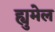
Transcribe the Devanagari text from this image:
ह्युमेल